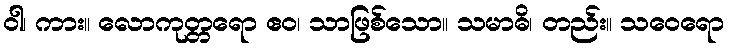
ဝါ၊ ကား။ လောကုတ္တရော ဧဝ၊ သာဖြစ်သော။ သမာဓိ၊ တည်း။ သဝေရော